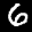
Label: 6